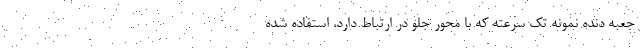
جعبه دنده نمونه تک سرعته که با محور جلو در ارتباط دارد، استفاده شده